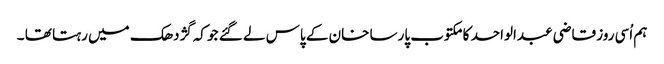
ہم اُسی روز قاضی عبدالواحد کا مکتوب پارسا خان کے پاس لے گئے جو کہ گژدھک میں رہتا تھا ۔